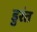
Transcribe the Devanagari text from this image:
डुरंत